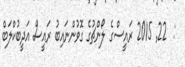
:  22